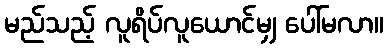
မည်သည့် လူရိပ်လူယောင်မျှ ပေါ်မလာ။